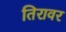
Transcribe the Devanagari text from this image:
तिरावर